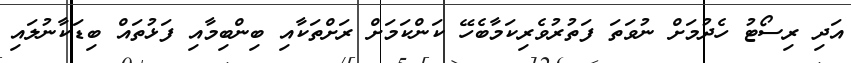
އަދި ރިސޯޓު ހެދުމަށް ނުވަތަ ފަތުރުވެރިކަމާބެހޭ ކަންކަމަށް ރަށްތަކާއި ބިންބިމާއި ފަޅުތައް ބިޑަކާނުލައި